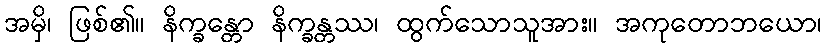
အမှိ၊ ဖြစ်၏။ နိက္ခန္တော နိက္ခန္တဿ၊ ထွက်သောသူအား။ အကုတောဘယော၊